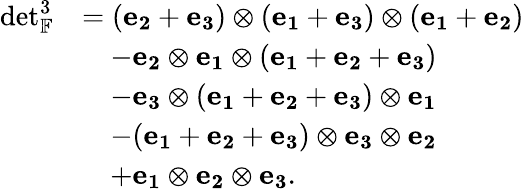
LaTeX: \begin{array}{rl}{\det_{\mathbb{F}}^{3}}&{=(\mathbf{e_{2}}+\mathbf{e_{3}})\otimes(\mathbf{e_{1}}+\mathbf{e_{3}})\otimes(\mathbf{e_{1}}+\mathbf{e_{2}})}\\ &{\quad-\mathbf{e_{2}}\otimes\mathbf{e_{1}}\otimes(\mathbf{e_{1}}+\mathbf{e_{2}}+\mathbf{e_{3}})}\\ &{\quad-\mathbf{e_{3}}\otimes(\mathbf{e_{1}}+\mathbf{e_{2}}+\mathbf{e_{3}})\otimes\mathbf{e_{1}}}\\ &{\quad-(\mathbf{e_{1}}+\mathbf{e_{2}}+\mathbf{e_{3}})\otimes\mathbf{e_{3}}\otimes\mathbf{e_{2}}}\\ &{\quad+\mathbf{e_{1}}\otimes\mathbf{e_{2}}\otimes\mathbf{e_{3}}.}\end{array}